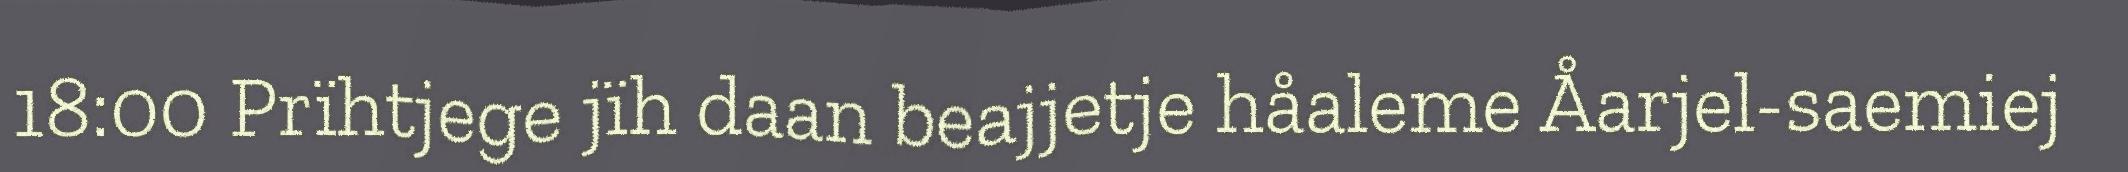
18:00 Prïhtjege jïh daan beajjetje håaleme Åarjel-saemiej